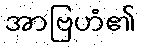
အာဗြဟံ၏